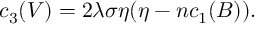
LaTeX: c _ { 3 } ( V ) = 2 \lambda \sigma \eta ( \eta - n c _ { 1 } ( B ) ) .